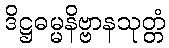
ဒိဋ္ဌဓမ္မနိဗ္ဗာနသုတ္တံ